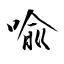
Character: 喩